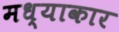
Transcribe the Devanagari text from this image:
मध्याकार